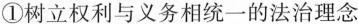
①树立权利与义务相统一的法治理念